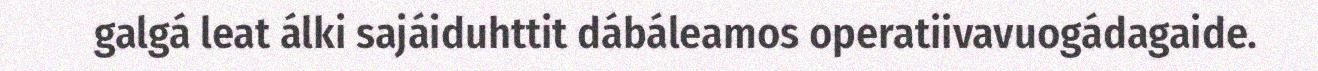
galgá leat álki sajáiduhttit dábáleamos operatiivavuogádagaide.